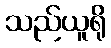
သည်ယူရို